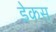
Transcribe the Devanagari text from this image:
डेकस